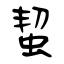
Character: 蛪